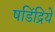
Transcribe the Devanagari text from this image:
षडिंद्रियें